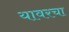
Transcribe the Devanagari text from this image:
यावरचा